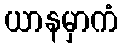
ယာနမှာကံ